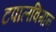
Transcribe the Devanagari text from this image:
टपालविमान